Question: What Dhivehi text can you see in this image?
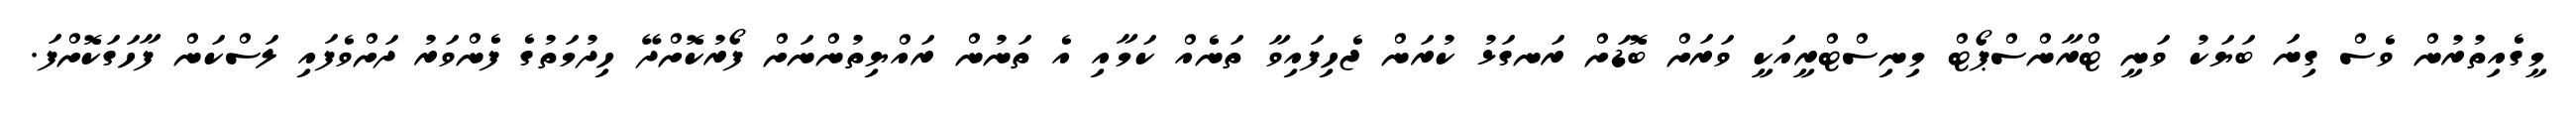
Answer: މީގެއިތުރުން ވެސް ގިނަ ބަޔަކު ވަނީ ޓްރާންސްޕޯޓް މިނިސްޓްރީއަކީ ވަރަށް ބޮޑަށް ރަނގަޅު ކުރަން ޖެހިފައިވާ ތަނެއް ކަމާއި އެ ތަނުން ރައްޔިތުންނަށް ފޯރުކޮށްދޭ ހިދުމަތުގެ ފެންވަރު ދަށްވެފައި ލަސްކަން ފާހަގަކޮށްފަ.